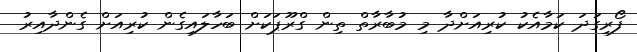
ފޯރިގަދަ ކަމާއެކު ކުރިއަށްދާ މި މުބާރާތް ތިން ގްރޫޕަކަށް ބަހާލައިގެން ކުރިއަށް ގެންދާއިރު